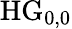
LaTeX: \mathrm{HG}_{0,0}